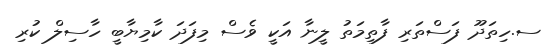
ސ.ހިތަދޫ ފަސްތަރި ފާތިމަތު ލީނާ އަކީ ވެސް މިފަދަ ކާމިޔާބީ ހާސިލް ކުރި